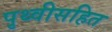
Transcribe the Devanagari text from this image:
पृथ्वीसहित